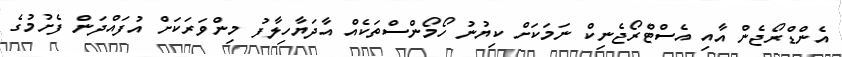
އެންޑްރޯޖެން އާއި އެސްޓްރޯޖެނިކް ނަމަކަށް ކިޔުނު ހޯމޯންސްތަކެއް އާދަޔާހިލާފު މިންވަރަކަށް އުފައްދަން ފެށުމުގެ